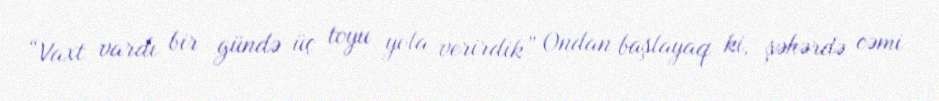
“Vaxt vardı bir gündə üç toyu yola verirdik” Ondan başlayaq ki, şəhərdə cəmi